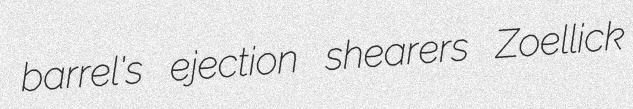
barrel's ejection shearers Zoellick